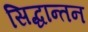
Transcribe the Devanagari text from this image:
सिद्धान्तन